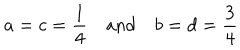
a = c = { \frac { 1 } { 4 } } \quad \mathrm { a n d } \quad b = d = { \frac { 3 } { 4 } }